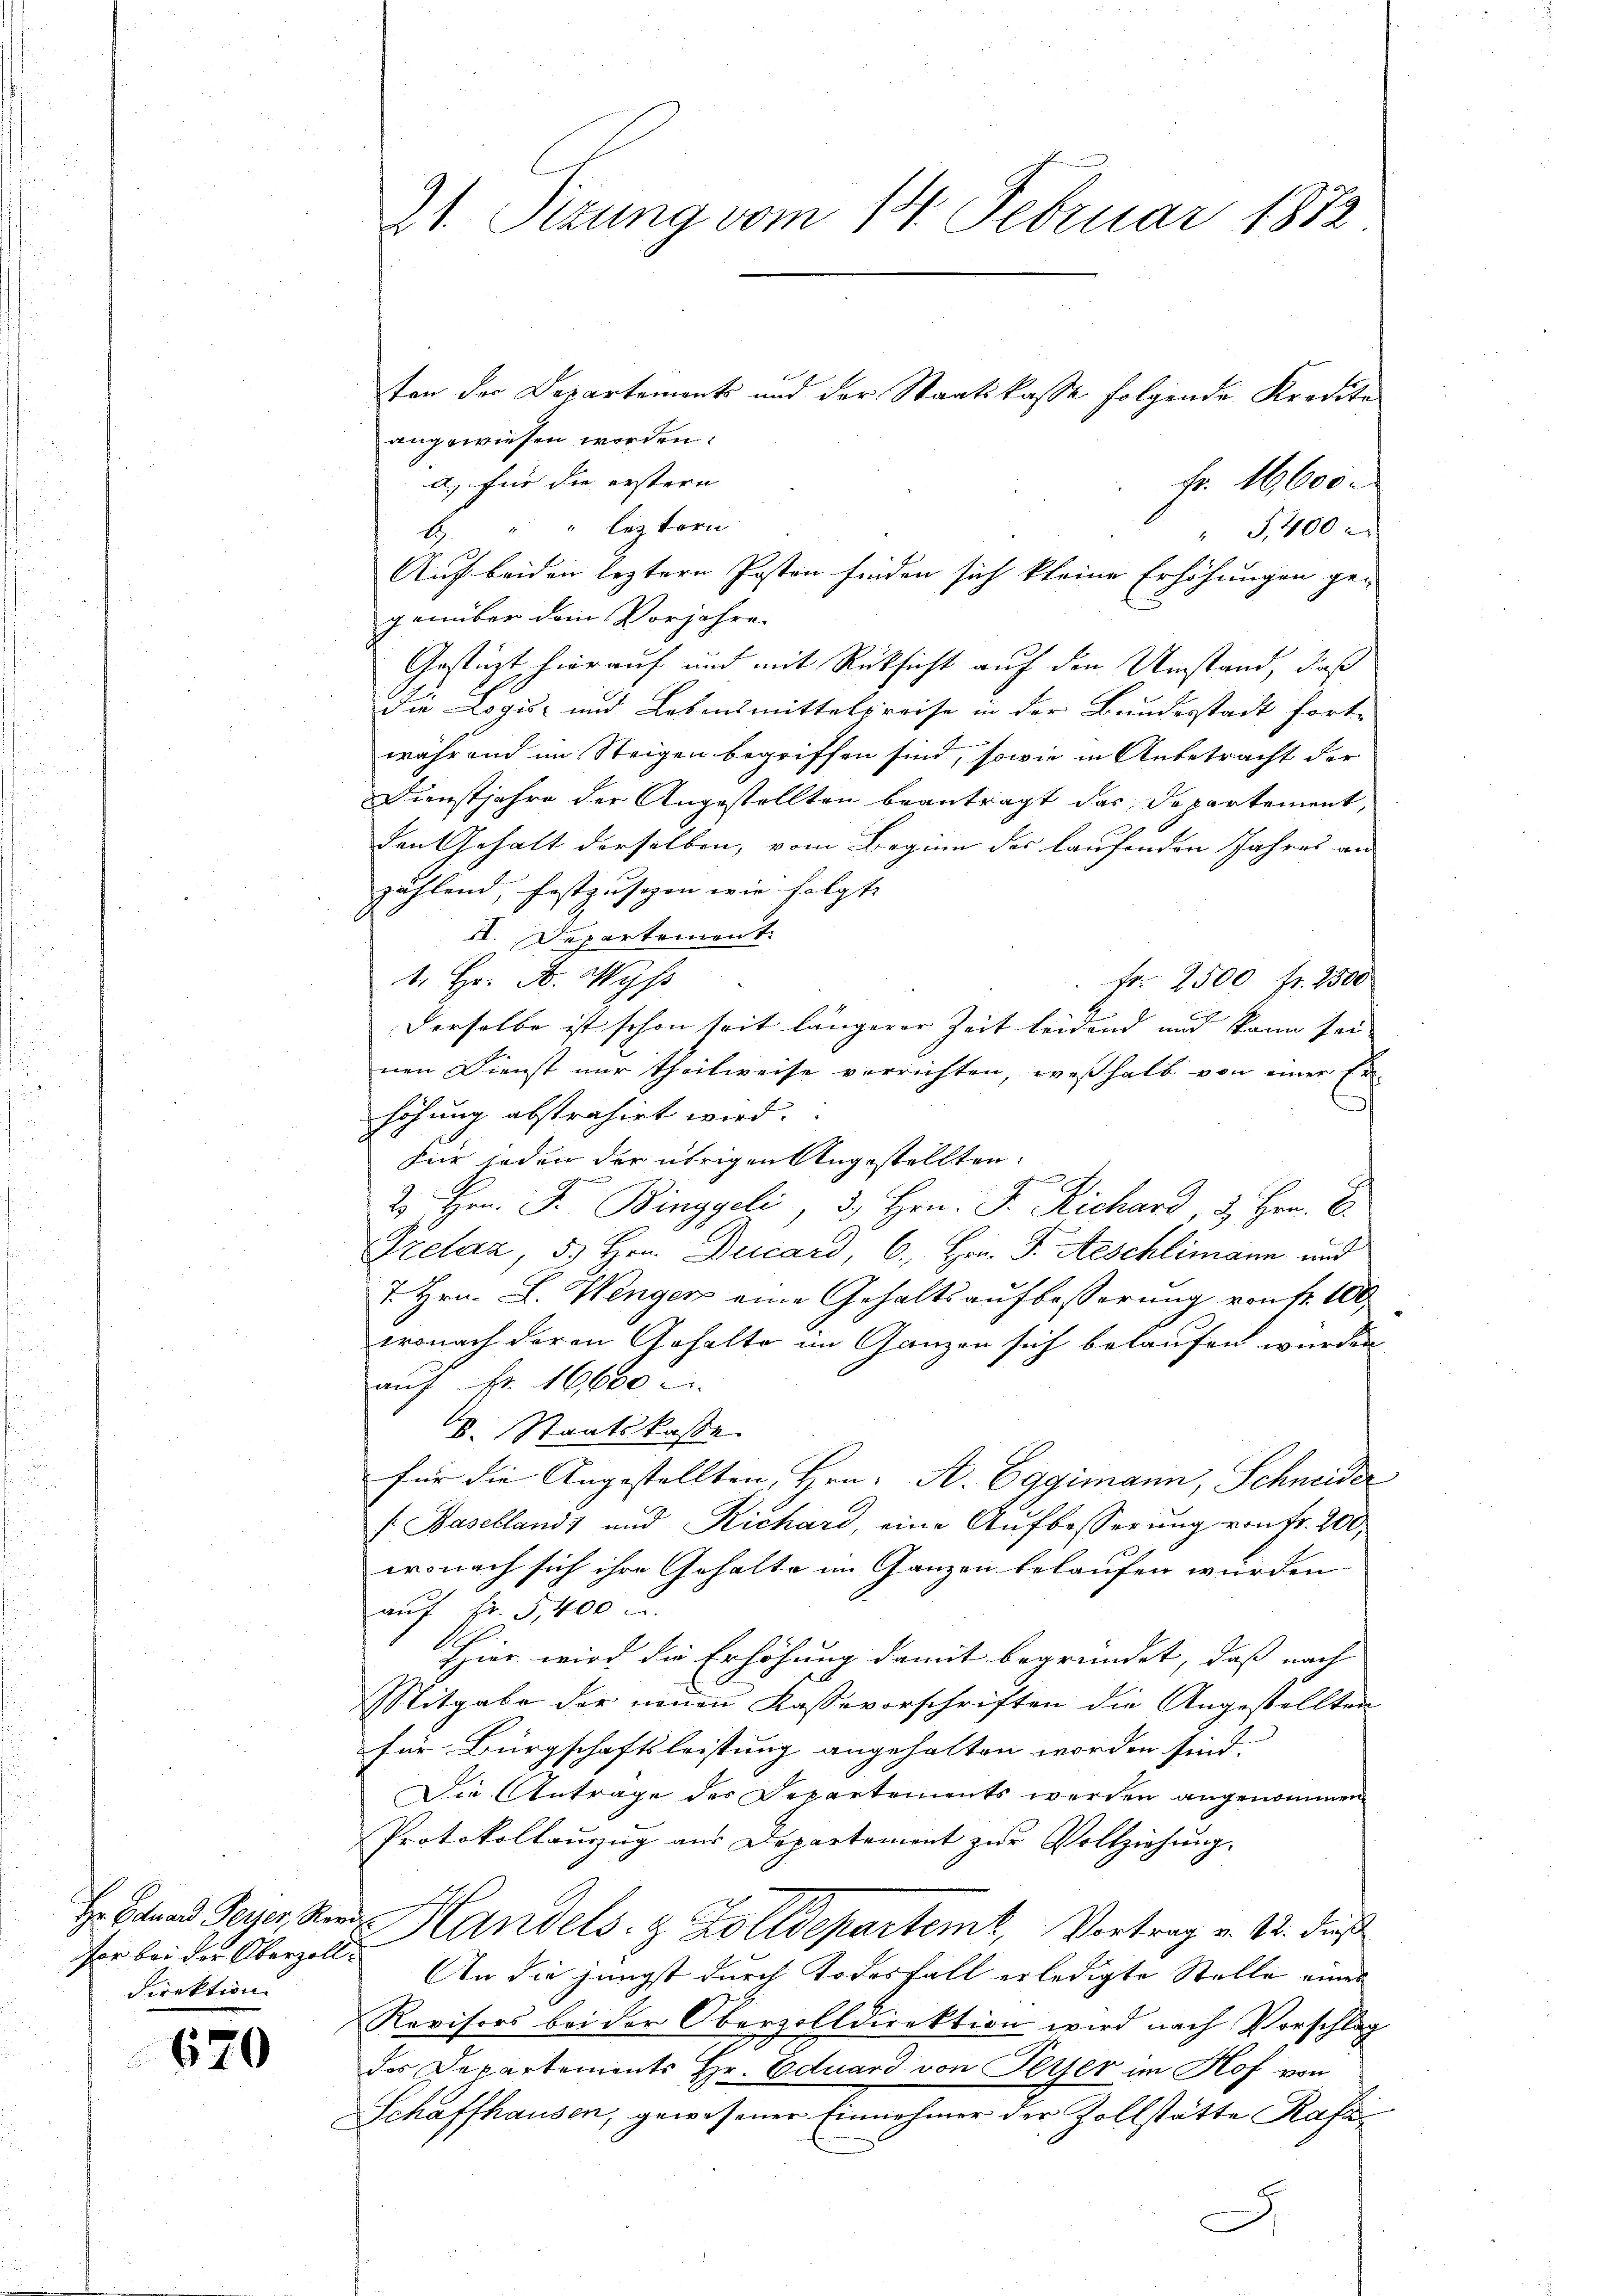
Hr. Eduard Peyer, Rer.
ser bei der Oberzoll
Direktion

670

21. Sizung vom 14. Februar 1872

ton der Departemonts und der Staatskasse folgende Kredite
angewiesen worden.
d.) für die erstern |
fr. 1600.
b. " " leztern
" G,400
Auf beiden leztere Posten finden sich kleine Erhöhungen ge-
genüber dem Vorjahre
Gestüzt, hierauf und mit Rücksicht auf den Umstand, daß
die Logis- und Lebensmittelpreise in der Bundesstadt fort-
während im Steigen begriffen sind, sowie in Anbetracht der
Dienstjahre der Angestellten beantragt das Departement,
den Gehalt derselben, vom Beginn des laufenden Jahres an
zahlend, festzusehen wie folgte
II. Departement.
1. Hr. F. Wyss
Fr. 2500 fr. 2500
Derselbe ist schon seit längerer Zeit beidend und kann sei- |
nen Dienst nur theilweise verrichten, weßhalb von einer Er
höhung abstrahirt wird.
Für sodann der übrigen Angestellten.
e
2 Hrn. F. Binggeli, 3. Hrn. F. Richard, & Hrn. E.
Prelaz, 5. Hrn. Ducard, 6., Hrn. F. Aeschlimann und
T. Hrn. L. Wenger eine Gehaltsaufbesserung von fr. 100
wonach deren Gehalte im Ganzen sich belaufen wurden
auf Fr. 16600
v. Staatskasse
für die Angestellten, Hrn. A. Eggimann, Schneider
(Baselland, und Richard, eine Aufbesserung von Fr. 200,
wonach sich ihre Gehalte im Ganzen belaufen würden
auf Fr. 5,400 u
Hier wird die Erhöhung damit begründet, daß nach
Sitgabe der neuen Kassevorschriften die Angestellten
für Bürgschaftsleistung angehalten worden sind.
Die Antrage des Departements werden angenommen
Protokollauzug aus Departement zur Vollziehung.
Handels- & Zolldepartemt, Vortrag v. 12. dieß
An die jüngst durch Todesfall erledigte Stelle einer
Revisors bei der Oberzolldirektion wird nach Vorschlag
des Departements Hr. Eduard von Ferser im Hof von
Schaffhausen, gewesener Einnehmer der Zollstätte Rafa¬
C